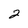
Character: 2